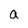
Character: a